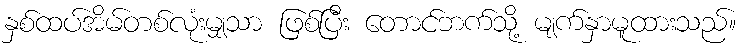
နှစ်ထပ်အိမ်တစ်လုံးမျှသာ ဖြစ်ပြီး တောင်ဘက်သို့ မျက်နှာမူထားသည်။